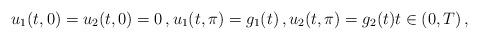
LaTeX: \begin{align*}u_1(t,0)=u_2(t,0)=0\,,u_1(t,\pi)=g_1(t)\,,u_2(t,\pi)=g_2(t)t\in (0,T) \,,\end{align*}